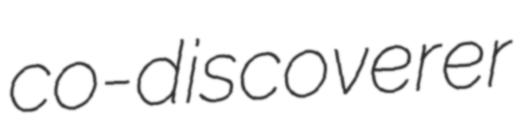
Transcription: co-discoverer